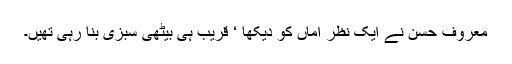
معروف حسن نے ایک نظر اماں کو دیکھا ‘ قریب ہی بیٹھی سبزی بنا رہی تھیں۔